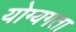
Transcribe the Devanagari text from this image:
योग्यगता